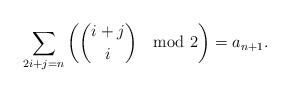
LaTeX: \begin{align*}\sum_{2i+j=n} \left(\binom{i+j}{i}\mod 2\right) = a_{n+1}.\end{align*}